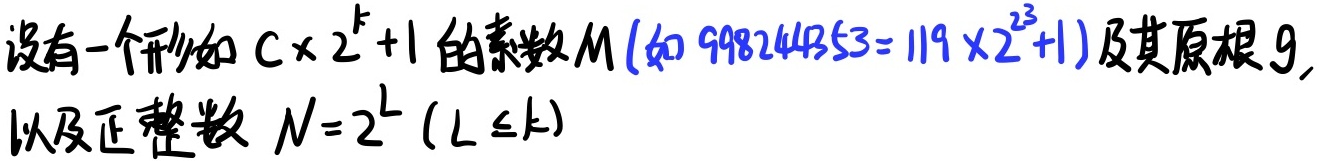
设有一个形如 $C\times 2^{k}+1$ 的素数 $M$ (如 $998244353 = 119\times 2^{23}+1$) 及其原根 $g$, 以及正整数 $N = 2^{L}\ (L\leq k)$